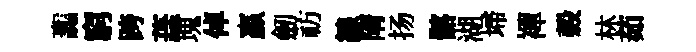
讟窮跨蕋塊倬贏劒祊線隋扬髂湖埽襌榖林茹